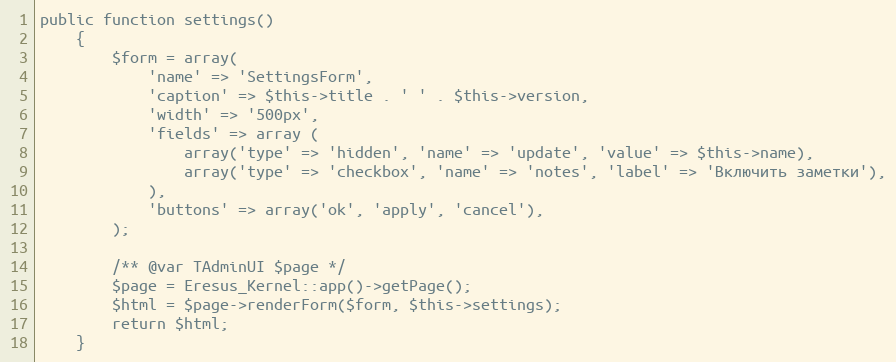
Language: PHP
public function settings()
    {
        $form = array(
            'name' => 'SettingsForm',
            'caption' => $this->title . ' ' . $this->version,
            'width' => '500px',
            'fields' => array (
                array('type' => 'hidden', 'name' => 'update', 'value' => $this->name),
                array('type' => 'checkbox', 'name' => 'notes', 'label' => 'Включить заметки'),
            ),
            'buttons' => array('ok', 'apply', 'cancel'),
        );

        /** @var TAdminUI $page */
        $page = Eresus_Kernel::app()->getPage();
        $html = $page->renderForm($form, $this->settings);
        return $html;
    }